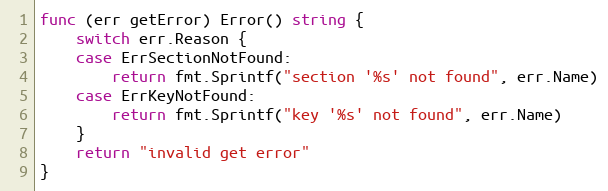
Language: Go
func (err getError) Error() string {
	switch err.Reason {
	case ErrSectionNotFound:
		return fmt.Sprintf("section '%s' not found", err.Name)
	case ErrKeyNotFound:
		return fmt.Sprintf("key '%s' not found", err.Name)
	}
	return "invalid get error"
}